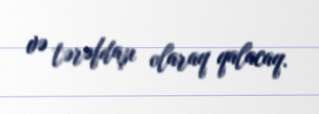
və tərəfdaşı olaraq qalacaq.